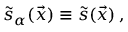
\tilde { s } _ { \alpha } ( \vec { x } ) \equiv \tilde { s } ( \vec { x } ) \, ,